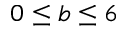
0 \leq b \leq 6